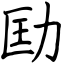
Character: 劻